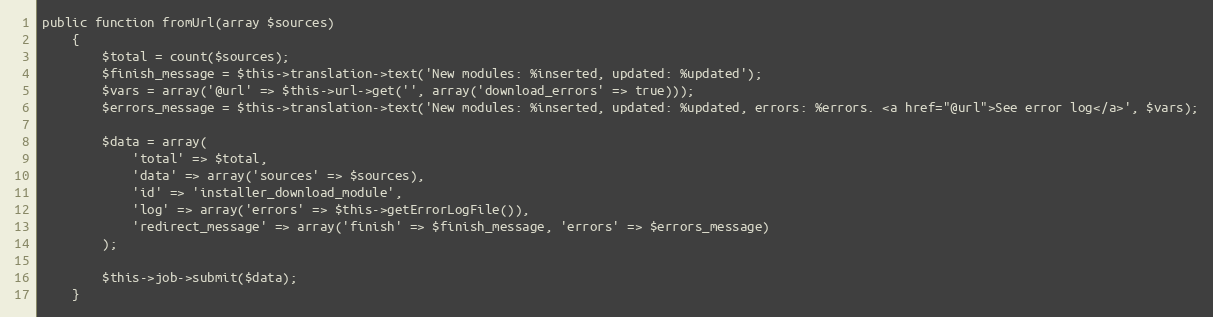
Language: PHP
public function fromUrl(array $sources)
    {
        $total = count($sources);
        $finish_message = $this->translation->text('New modules: %inserted, updated: %updated');
        $vars = array('@url' => $this->url->get('', array('download_errors' => true)));
        $errors_message = $this->translation->text('New modules: %inserted, updated: %updated, errors: %errors. <a href="@url">See error log</a>', $vars);

        $data = array(
            'total' => $total,
            'data' => array('sources' => $sources),
            'id' => 'installer_download_module',
            'log' => array('errors' => $this->getErrorLogFile()),
            'redirect_message' => array('finish' => $finish_message, 'errors' => $errors_message)
        );

        $this->job->submit($data);
    }